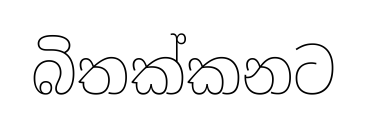
බිතක්කනට